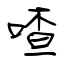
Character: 喳